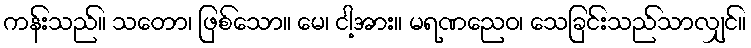
ကန်းသည်။ သတော၊ ဖြစ်သော။ မေ၊ ငါ့အား။ မရဏညေဝ၊ သေခြင်းသည်သာလျှင်။